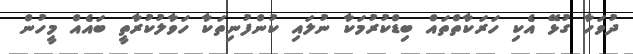
ދުވަހާ ގުޅޭ އެކި ހަރަކާތްތައް ބިޑްކުރުމަކާ ނުލައި ކުންފުނިތަކާ ހަވާލުކުރާތީ ބައެއް މީހުން